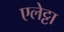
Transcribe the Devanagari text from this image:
एलेट्टा